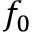
f _ { 0 }